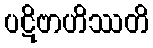
ပဋိဗာဟိဿတိ